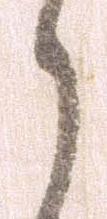
う